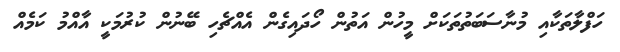
ހަފްލާތަކާއި މުނާސަބަތުތަކަށް މީހުން އަތުން ހޯދައިގެން އެއްޗެހި ބޭނުން ކުރުމަކީ އާއްމު ކަމެއް